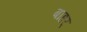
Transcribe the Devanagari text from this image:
बाहर्